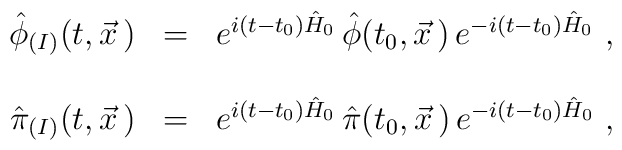
\begin{array}{r c l}\hat{\phi}_{(I)}(t,\vec{x}\,)&=&e^{i(t-t_0)\hat{H}_0}\,\hat{\phi}(t_0,\vec{x}\,)\,e^{-i(t-t_0)\hat{H}_0}\ ,\\ & & \\\hat{\pi}_{(I)}(t,\vec{x}\,)&=&e^{i(t-t_0)\hat{H}_0}\,\hat{\pi}(t_0,\vec{x}\,)\,e^{-i(t-t_0)\hat{H}_0}\ ,\end{array}